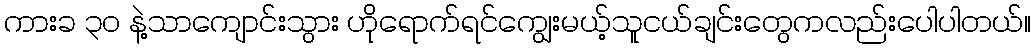
ကားခ ၃၀ နဲ့သာကျောင်းသွား ဟိုရောက်ရင်ကျွေးမယ့်သူငယ်ချင်းတွေကလည်းပေါပါတယ်။